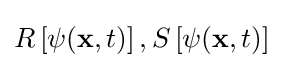
R\left[\psi (\mathbf {x} ,t)\right],S\left[\psi (\mathbf {x} ,t)\right]